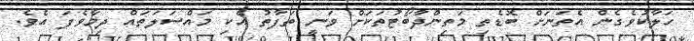
ހަލާކުވެގެން އެތަނަށް ބޮޑެތި މަތިންދާބޯޓުތަކަށް ވަނީ ތަފާތު އެކި މައްސަލަތައް ދިމާވެފަ އެވެ.